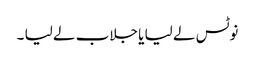
نوٹس لے لیا یا جلاب لے لیا ۔